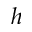
h